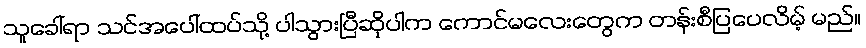
သူခေါ်ရာ သင်အပေါ်ထပ်သို့ ပါသွားပြီဆိုပါက ကောင်မလေးတွေက တန်းစီပြပေလိမ့် မည်။